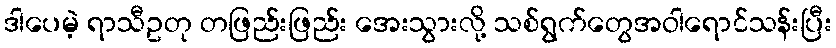
ဒါပေမဲ့ ရာသီဥတု တဖြည်းဖြည်း အေးသွားလို့ သစ်ရွက်တွေအဝါရောင်သန်းပြီး